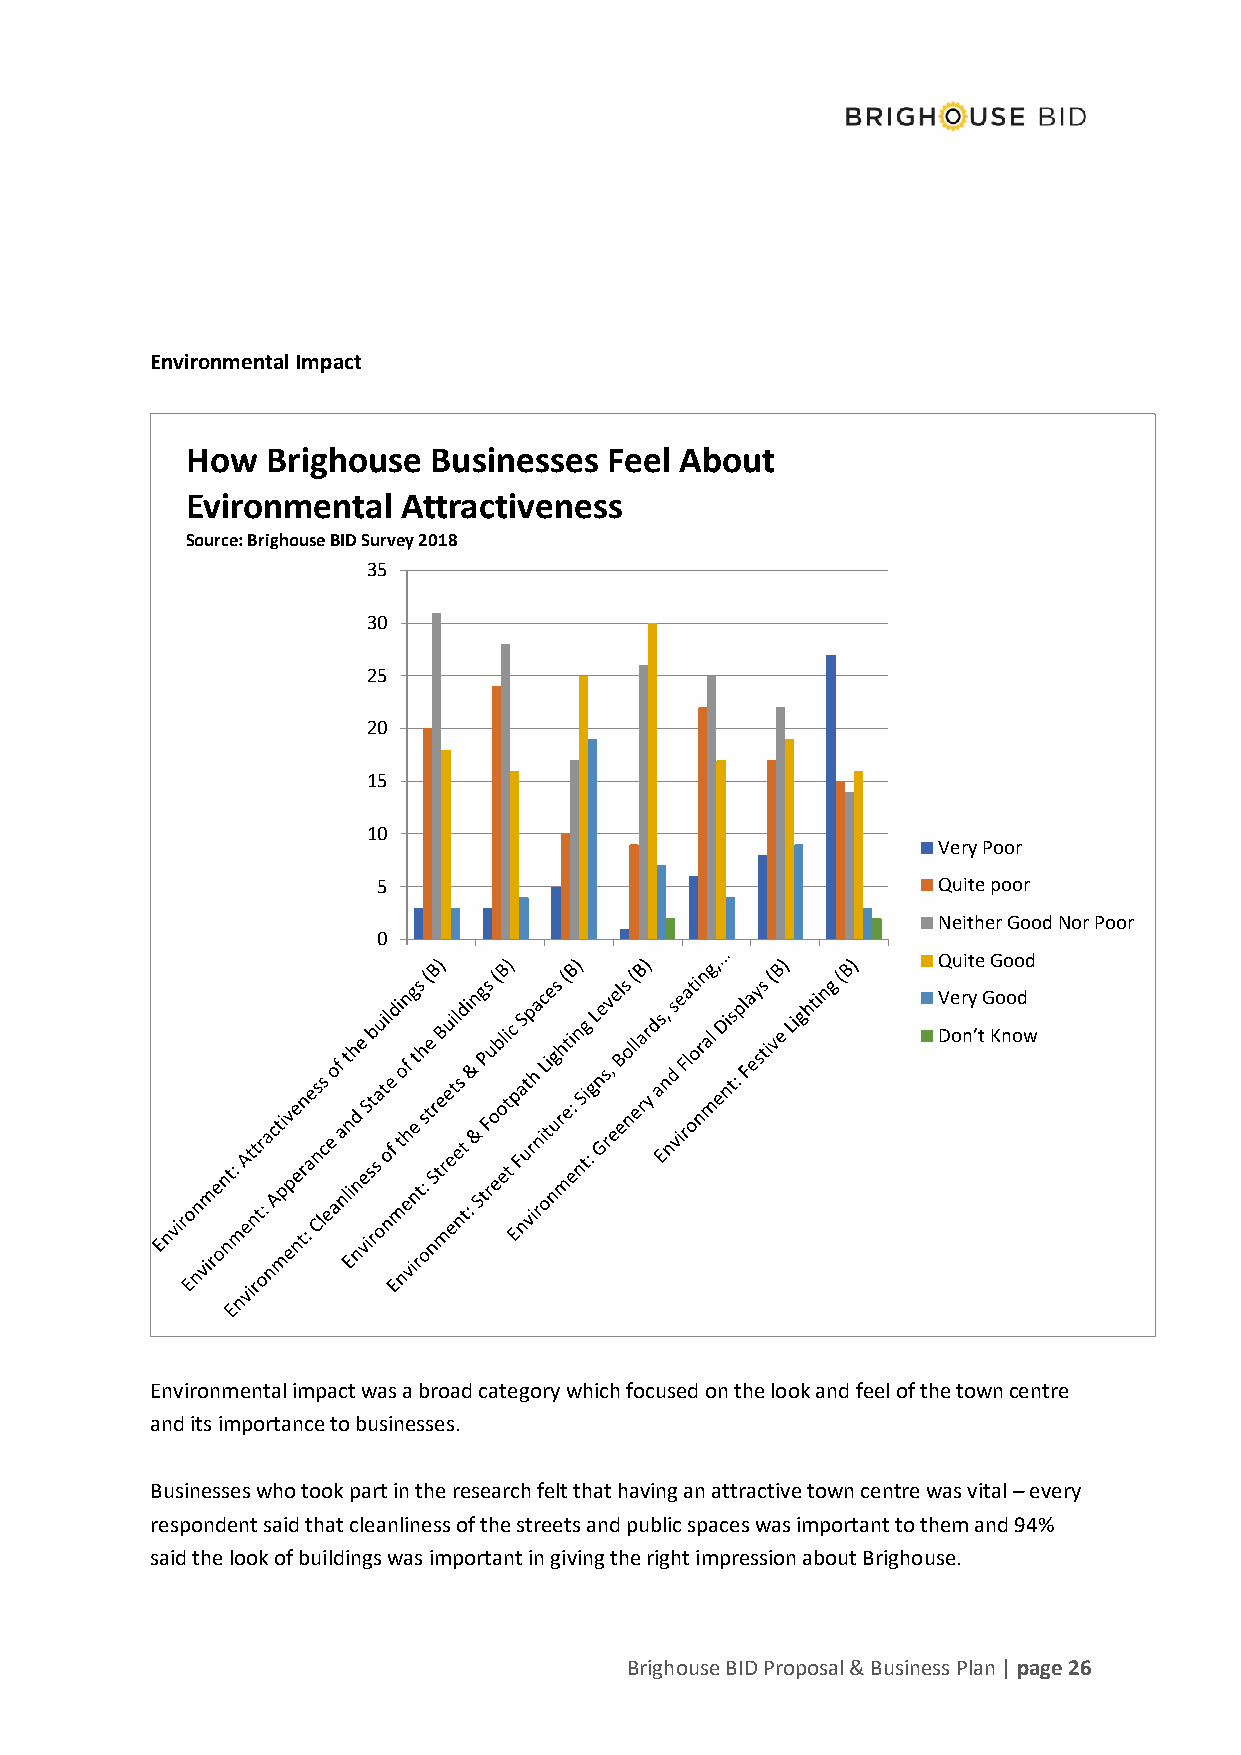
Environmental Impact
 How   Brighouse Businesses  Feel About
 Evironmental   Attractiveness
 Source: Brighouse BID Survey 2018
 35
 30
 25
 20
 15
 10
 Very Poor
 5                                    Quite poor
 Neither Good Nor Poor
 0
 Quite Good
 Very Good
 Don’t Know
 Environmental impact was a broad category which focused on the look and feel of the town centre
 and its importance to businesses.
 Businesses who took part in the research felt that having an attractive town centre was vital – every
 respondent said that cleanliness of the streets and public spaces was important to them and 94%
 said the look of buildings was important in giving the right impression about Brighouse.
 Brighouse BID Proposal & Business Plan | page 26